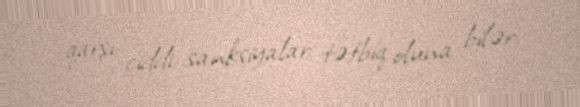
qarşı ciddi sanksiyalar tətbiq oluna bilər.